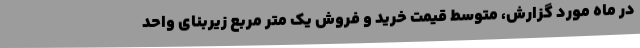
در ماه مورد گزارش، متوسط قیمت خرید و فروش یک متر مربع زیربنای واحد